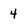
Character: 4